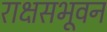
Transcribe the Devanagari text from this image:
राक्षसभूवन